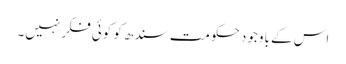
اس کے باوجود حکومت سندھ کو کوئی فکر نہیں۔